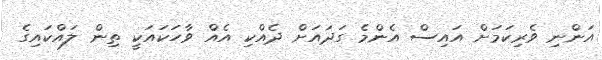
އަންނި ވެރިކަމަށް އައިސް އެންމެ ގަދައަށް ދެއްކި އެއް ވާހަކައަކީ ތިން ލައްކައިގެ